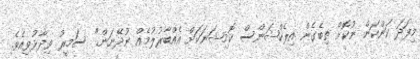
މިފަދަ ކަންކަން ނުކޮށް ތިބެގެން އިލެކްޝަންސް ކޮމިޝަނަކަށް އެއްބާރުލުމެއް ނުދޭނަން." ސަމީރު ވިދާޅުވިއެވެ.